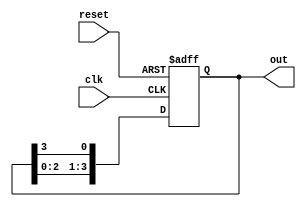
module ring_counter (
    input wire clk,       // Clock signal
    input wire reset,     // Asynchronous reset signal
    output reg [3:0] out  // 4-bit output representing the state of the ring counter
);

// State transition logic
always @(posedge clk or posedge reset) begin
    if (reset) begin
        // Reset to initial state (0001)
        out <= 4'b0001;
    end else begin
        // Rotate the '1' through the flip-flops
        out <= {out[2:0], out[3]}; // Shift left, feeding the MSB to LSB
    end
end

endmodule